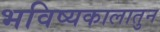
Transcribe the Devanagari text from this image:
भविष्यकालातुन